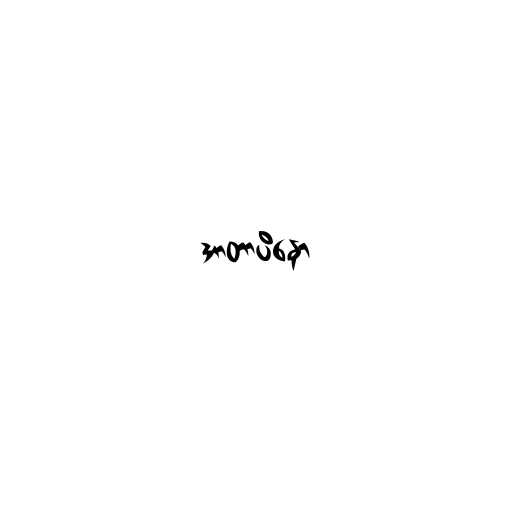
အာတာပိနော